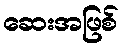
ဆေးအဖြစ်